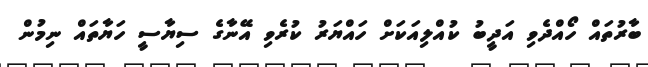
ބާރުތައް ހޯއްދެވި އަދީބު ކުއްލިއަކަށް ހައްޔަރު ކުރެވި އޭނާގެ ސިޔާސީ ހަޔާތައް ނިމުން